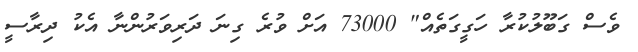
ވެސް ގަބޫލުކުރާ ހަގީގަތެއް" 73000 އަށް ވުރެ ގިނަ ދަރިވަރުންނާ އެކު ދިރާސީ